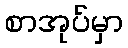
စာအုပ်မှာ